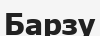
Барзу